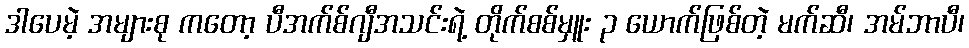
ဒါပေမဲ့ အများစု ကတော့ ပီအက်စ်ဂျီအသင်းရဲ့ တိုက်စစ်မှူး ၃ ယောက်ဖြစ်တဲ့ မက်ဆီ၊ အမ်ဘာပီ၊